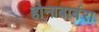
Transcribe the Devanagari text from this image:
होनाबार्बरा